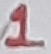
Text: 1